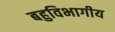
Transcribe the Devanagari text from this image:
बहुविभागीय